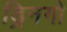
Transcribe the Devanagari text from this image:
ड्रिनगो